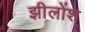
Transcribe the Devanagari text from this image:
झीलोंश्